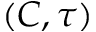
( C , \tau )